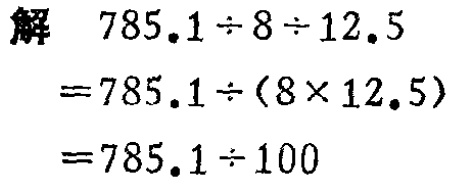
解

\[

\begin{align*}

&785.1\div8\div12.5\\

=&785.1\div(8\times12.5)\\

=&785.1\div100

\end{align*}

\]